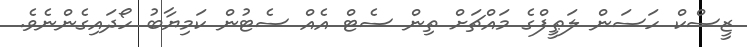
ޒީސްކް ހަސަން ލަޠީފްގެ މައްޗަށް ތިން ސެޓް އެއް ސެޓުން ކަމިޔާބު ހޯދައިގެންނެވެ.